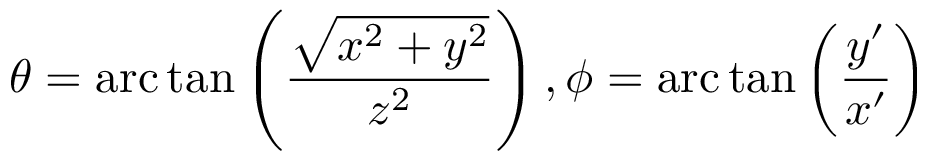
\theta = \mathrm { a r c } \tan \left( \frac { \sqrt { x ^ { 2 } + y ^ { 2 } } } { z ^ { 2 } } \right) , \phi = \mathrm { a r c } \tan \left( \frac { y ^ { \prime } } { x ^ { \prime } } \right)